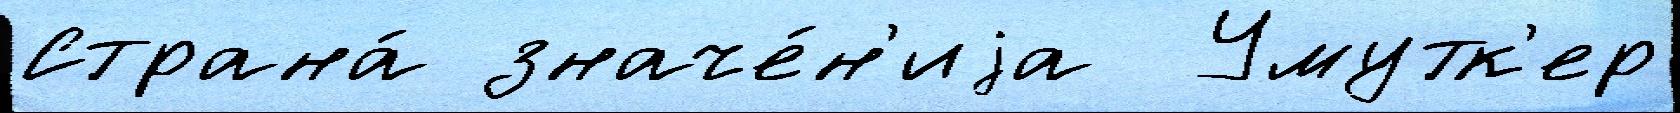
Страна́ значе́н'иjа  Умутк'ер